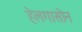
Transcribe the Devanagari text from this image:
हेलगासोन